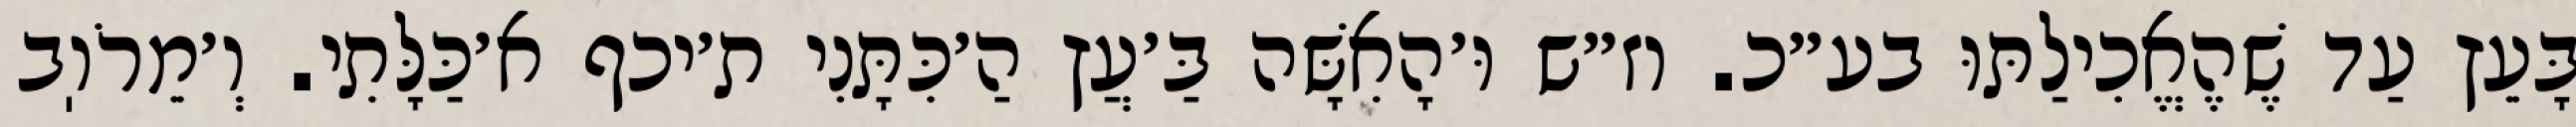
בָּעֵץ עַד שֶׁהֶאֱכִילַתּוּ בע״כ. וז״ש וּ׳הָאִשָּׁה בַּ׳עֲץ הַ׳כִּתָּנִי ת׳יכף א׳כַּלָּתִי. וְ׳מֵרֹוֽב